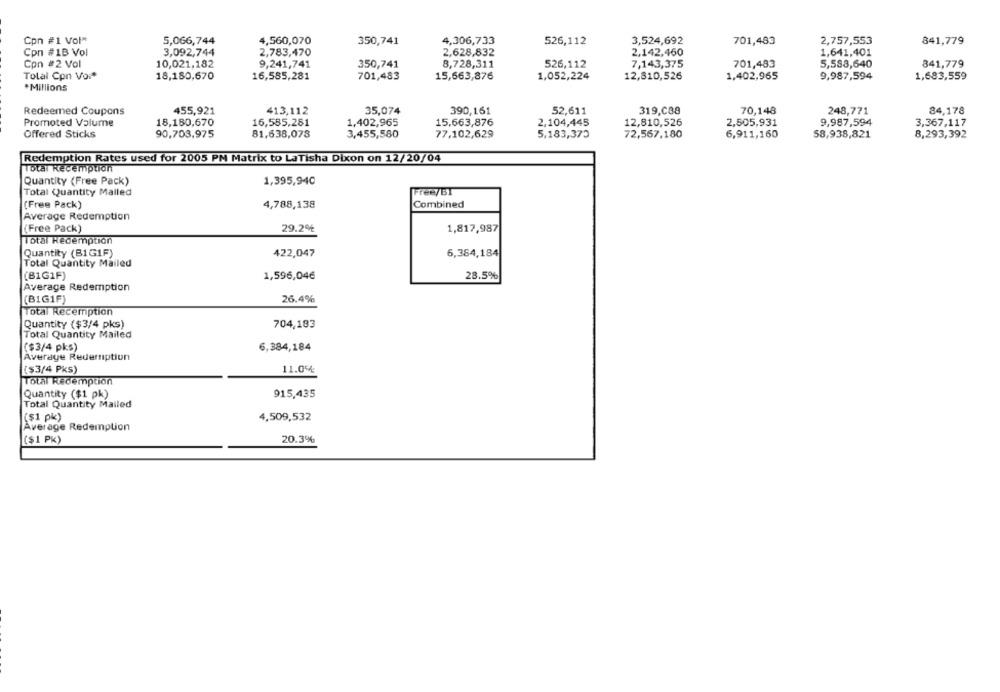
Cpn #1 Vol*
5,066,744
4,560,070
350,741
4,306,733
526,112
3,524,692
701,483
2,757,553
841,779
Cpn #1B Vol
3,092,744
2,783,470
2,628,832
2,142,460
1,641,401
Con #2 Vol
10,021,182
9,241,741
350,741
8,728,311
526,112
7,143,375
701,483
5,583,640
841,779
Total Con Vor*
1,402,965
18,180,670
16,585,281
701,483
15,663,876
1,052,224
12,810,526
9,987,594
1,683,559
*Millions
Redeemed Coupons
455,921
413,112
35,074
390,161
52,611
319,C88
70,148
248,771
84,178
Promoted Valume
18,180,670
16,585,281
1,402,965
15,663,876
2,104,445
12,810,526
2,505,931
9,987,594
3,367,117
Offered Sticks
90,703,975
81,638,078
3,455,580
77,102,629
5,183,370
72,567,180
6,911,160
58,938,821
8,293,392
Redemption Rates used for 2005 PM Matrix to LaTisha Dixon on 12/20/04
Total Redemption
1,395,940
Quantity (Free Pack)
Total Quantity Mailed
Free/BI
(Free Pack)
4,788,138
Combined
Average Redemption
(Free Pack)
29.2%
1,817,987
Total Redemption
Quantity (B1GIF)
422,047
6,384,184
Total Quantity Mailed
(B1G1F)
1,596,04€
28.5%
Average Redemption
26.4%
(BIG1F)
Total Recemption
Quantity ($3/4 pks)
704,183
Total Quantity Mailed
($3/4 pks)
6,384,184
Average Redemption
($3/4 PKS)
11.0%
Total Redemption
Quantity ($1 pk)
915,435
Total Quantity Mailed
($1 pk)
4,509,532
Average Redemption
($1 PK)
20.3%